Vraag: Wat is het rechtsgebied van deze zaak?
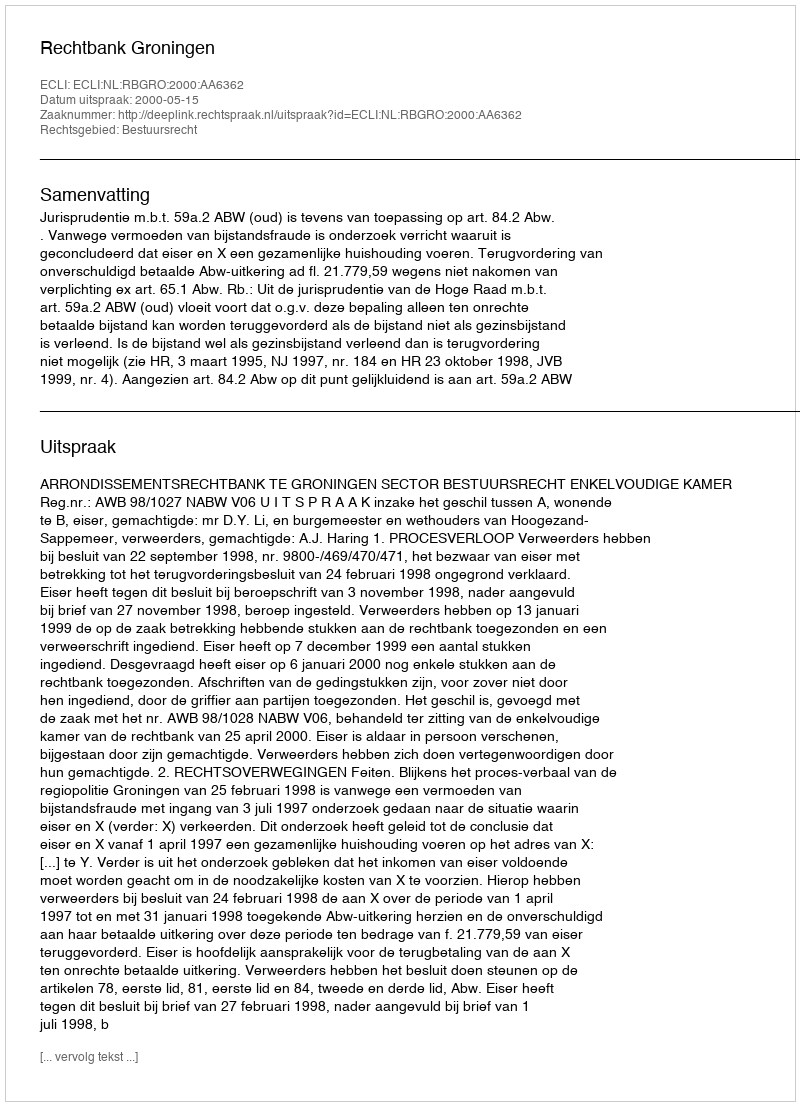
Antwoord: Bestuursrecht